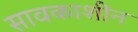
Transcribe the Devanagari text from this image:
सावकाशीन